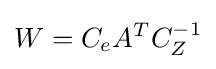
W=C_{e}A^{T}C_{Z}^{-1}